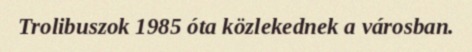
Trolibuszok 1985 óta közlekednek a városban.